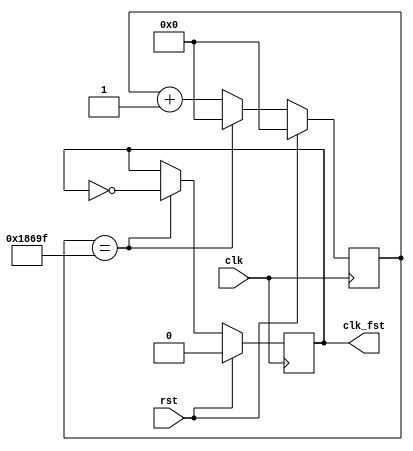
module clk_div (
    // Outputs
    clk_fst,
    // Inputs
    clk, rst
);

output reg clk_fst;     // 500 Hz clock (for 7-segment display) 

input       clk;
input       rst;

reg [16:0] fst;

parameter dividerf = 17'd100000;

always @ (posedge clk)
begin 
	if(rst)
	begin
		fst <= 17'd0;
		clk_fst <= 1'b0;
	end
	
	else
	begin
		if(fst == (dividerf - 1))
		begin
			fst <= 17'd0;
			clk_fst <= ~clk_fst;
		end
		else		
		begin
			fst <= fst + 1;
			clk_fst <= clk_fst;    //optional
		end
	end
end

endmodule // clk_div